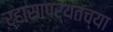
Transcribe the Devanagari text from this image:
ऱ्हासापर्यंतच्या